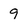
Character: 9